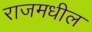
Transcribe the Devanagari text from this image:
राजमधील